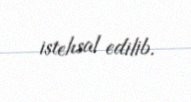
istehsal edilib.